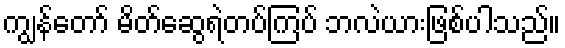
ကျွန်တော် မိတ်ဆွေရဲတပ်ကြပ် ဘလဲယားဖြစ်ပါသည်။